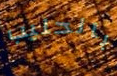
بالحليب